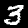
Digit: 3